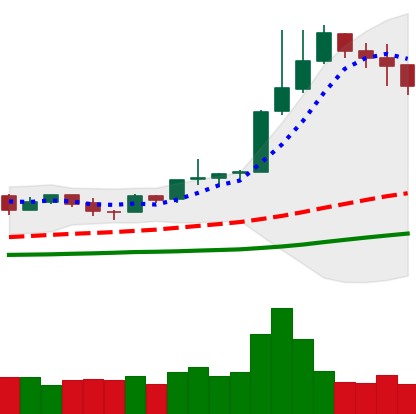
Ticker: NEO-USD
Chart end date: 2019-04-09
Forward return: -7.346%
Label: down_7plus